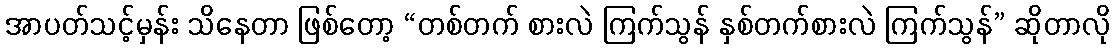
အာပတ်သင့်မှန်း သိနေတာ ဖြစ်တော့ “တစ်တက် စားလဲ ကြက်သွန် နှစ်တက်စားလဲ ကြက်သွန်” ဆိုတာလို